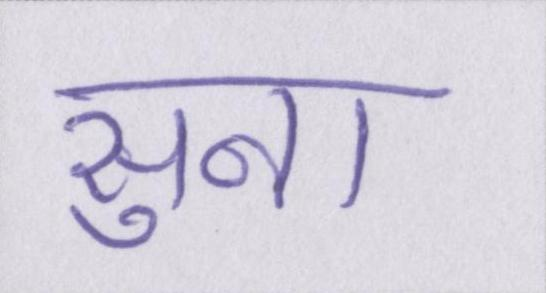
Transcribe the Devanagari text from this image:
सुना